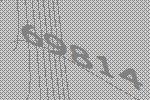
69814